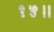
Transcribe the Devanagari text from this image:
१५॥